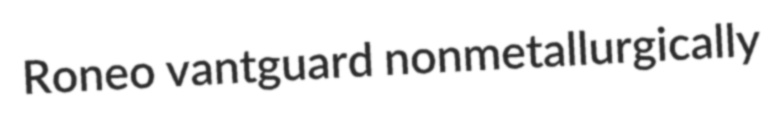
Roneo vantguard nonmetallurgically